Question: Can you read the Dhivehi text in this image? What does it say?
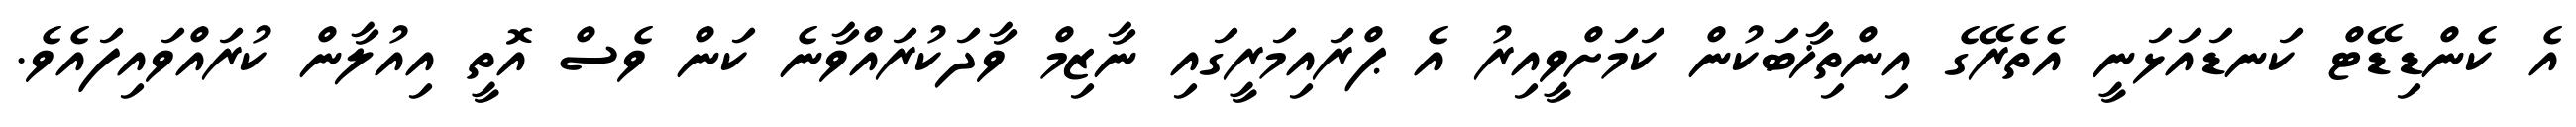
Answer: އެ ކެންޑިޑޭޓް ކަނޑައަޅަނީ އެތެރޭގެ އިންތިޚާބަކުން ކަމަށްވީއިރު އެ ޕްރައިމަރީގައި ނާޒިމް ވާދަކުރައްވާނެ ކަން ވެސް އޮތީ އިއުލާން ކުރައްވައިފައެވެ.